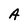
Character: A